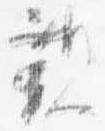
覲